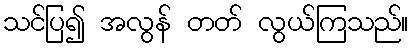
သင်ပြ၍ အလွန် တတ် လွယ်ကြသည်။